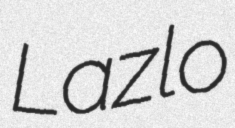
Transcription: Lazlo